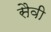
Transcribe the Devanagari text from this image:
सैवी